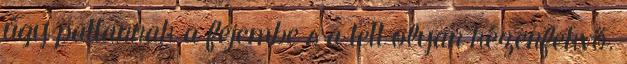
úgy pattannak a fejembe s a tett olyan kézenfekvő.